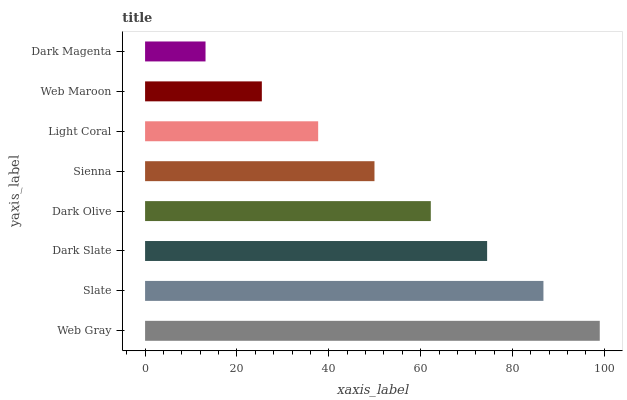
| yaxis_label | bars |
 | --- | --- |
 | Web Gray | 99 |
 | Slate | 86.7 |
 | Dark Slate | 74.5 |
 | Dark Olive | 62.2 |
 | Sienna | 49.9 |
 | Light Coral | 37.7 |
 | Web Maroon | 25.4 |
 | Dark Magenta | 13.2 |